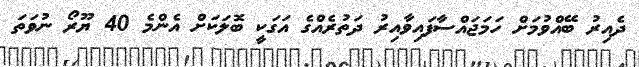
ދެއިރު ބޭއްވުމަށް ހަމަޖައްސާފައިވާއިރު ދަތުރެއްގެ އަގަކީ ބޮލަކަށް އެންމެ 40 ޔޫރޯ ނުވަތަ